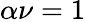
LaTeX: \alpha\nu=1